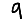
Digit: 9